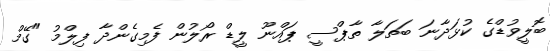
ބޮލީވުޑްގެ ކުޅަދާނަ ބަތަލާ ތާޕްސީ ޕައްނޫ ލީޑް ރޯލުން ފެމިގެންދާ ފިލްމު "ގޭމް